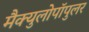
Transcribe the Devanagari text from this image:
मैक्युलोपॉपुलर